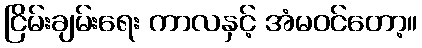
ငြိမ်းချမ်းရေး ကာလနှင့် အံမဝင်တော့။